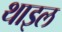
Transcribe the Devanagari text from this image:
थाइल